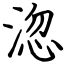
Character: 淴